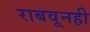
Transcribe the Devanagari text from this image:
राबवूनही